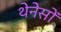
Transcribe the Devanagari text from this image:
थेनेसों